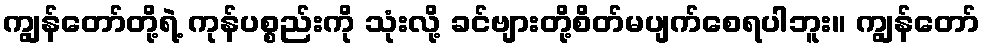
ကျွန်တော်တို့ရဲ့ ကုန်ပစ္စည်းကို သုံးလို့ ခင်ဗျားတို့စိတ်မပျက်စေရပါဘူး။ ကျွန်တော်